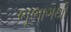
ભૂભાગથી